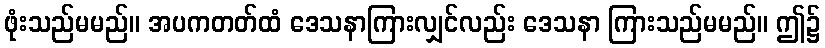
ဖုံးသည်မမည်။ အပကတတ်ထံ ဒေသနာကြားလျှင်လည်း ဒေသနာ ကြားသည်မမည်။ ဤ၌